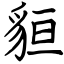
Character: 貆